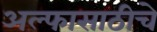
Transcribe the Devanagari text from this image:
अल्फासाठीचे